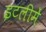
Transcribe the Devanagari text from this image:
इटलीमें